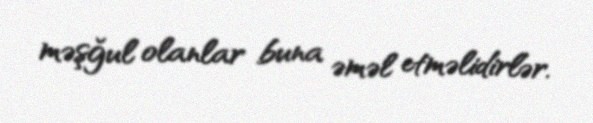
məşğul olanlar buna əməl etməlidirlər.